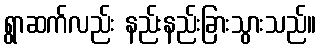
ရွာဆက်လည်း နည်းနည်းခြားသွားသည်။